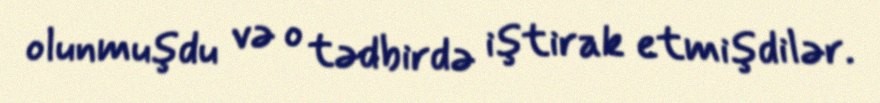
olunmuşdu və o tədbirdə iştirak etmişdilər.